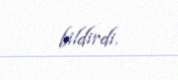
bildirdi.